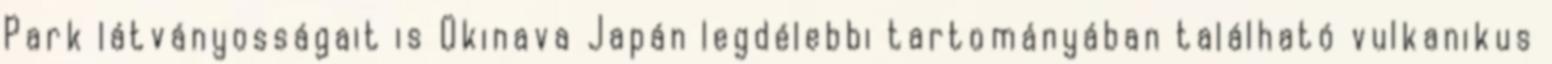
Park látványosságait is Okinava Japán legdélebbi tartományában található vulkanikus